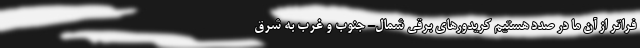
فراتر از آن ما در صدد هستیم کریدورهای برقی شمال- جنوب و غرب به شرق